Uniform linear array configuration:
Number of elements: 64
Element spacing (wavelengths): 0.25
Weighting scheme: binomial
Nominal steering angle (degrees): -45
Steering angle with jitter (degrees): -44.363
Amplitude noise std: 0.05
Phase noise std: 0.05

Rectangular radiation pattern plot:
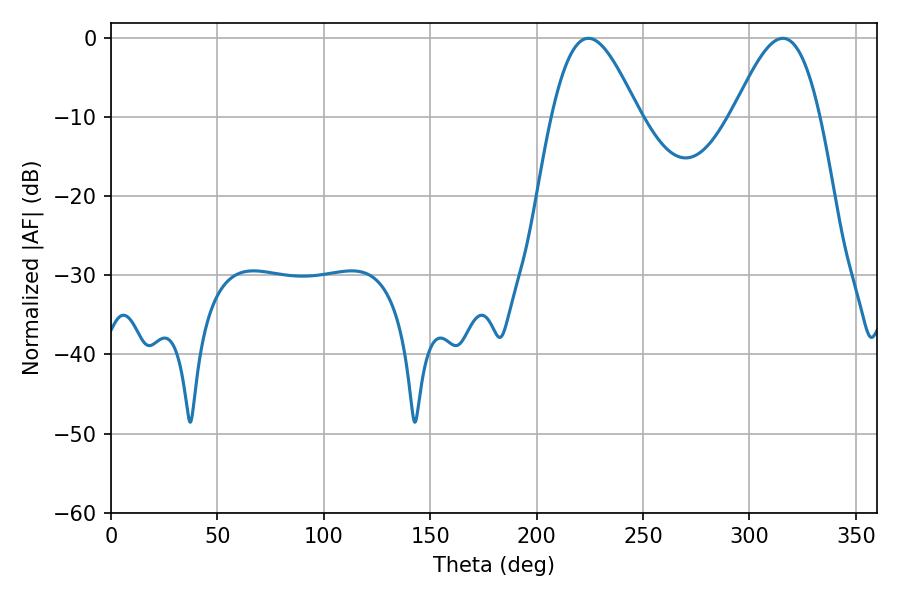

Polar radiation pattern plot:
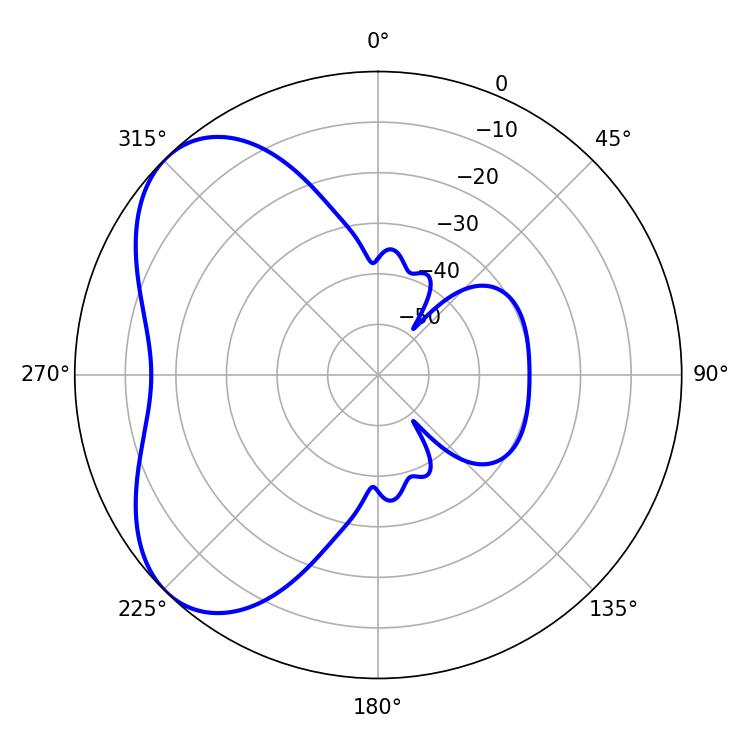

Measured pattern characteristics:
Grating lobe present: FALSE
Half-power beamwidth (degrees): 21.96
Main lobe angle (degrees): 224.28